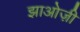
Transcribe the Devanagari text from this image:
झाओज़ी